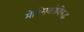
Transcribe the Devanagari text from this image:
मेक्सिकोविरुद्ध